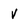
Character: v